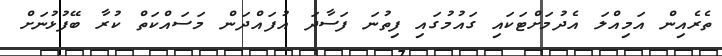
ތެރެއިން އަމިއްލަ އެދުމަށްޓަކައި ގައުމުގައި ފިތުނަ ފަސާދަ އުފައްދަން މަސައްކަތް ކުރާ ބޭފުޅުނަށް